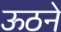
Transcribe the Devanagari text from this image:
ऊठने